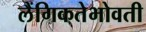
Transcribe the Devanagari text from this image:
लैंगिकतेभोवती